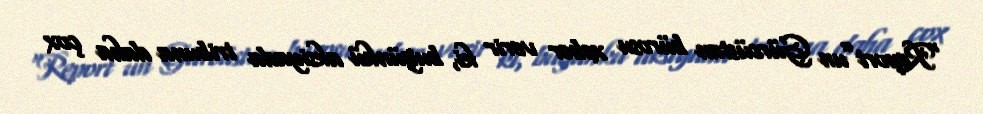
“Report”un Gürcüstan bürosu xəbər verir ki, bugünkü aksiyada tribuna daha çox